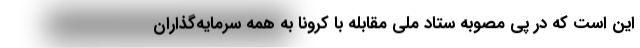
این است که در پی مصوبه ستاد ملی مقابله با کرونا به همه سرمایه‌گذاران